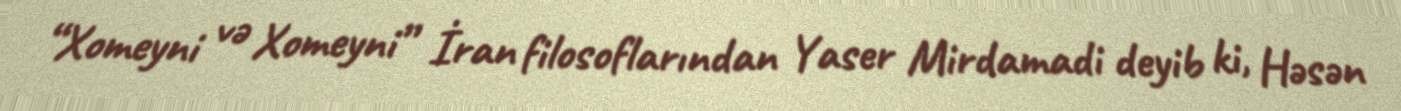
“Xomeyni və Xomeyni” İran filosoflarından Yaser Mirdamadi deyib ki, Həsən